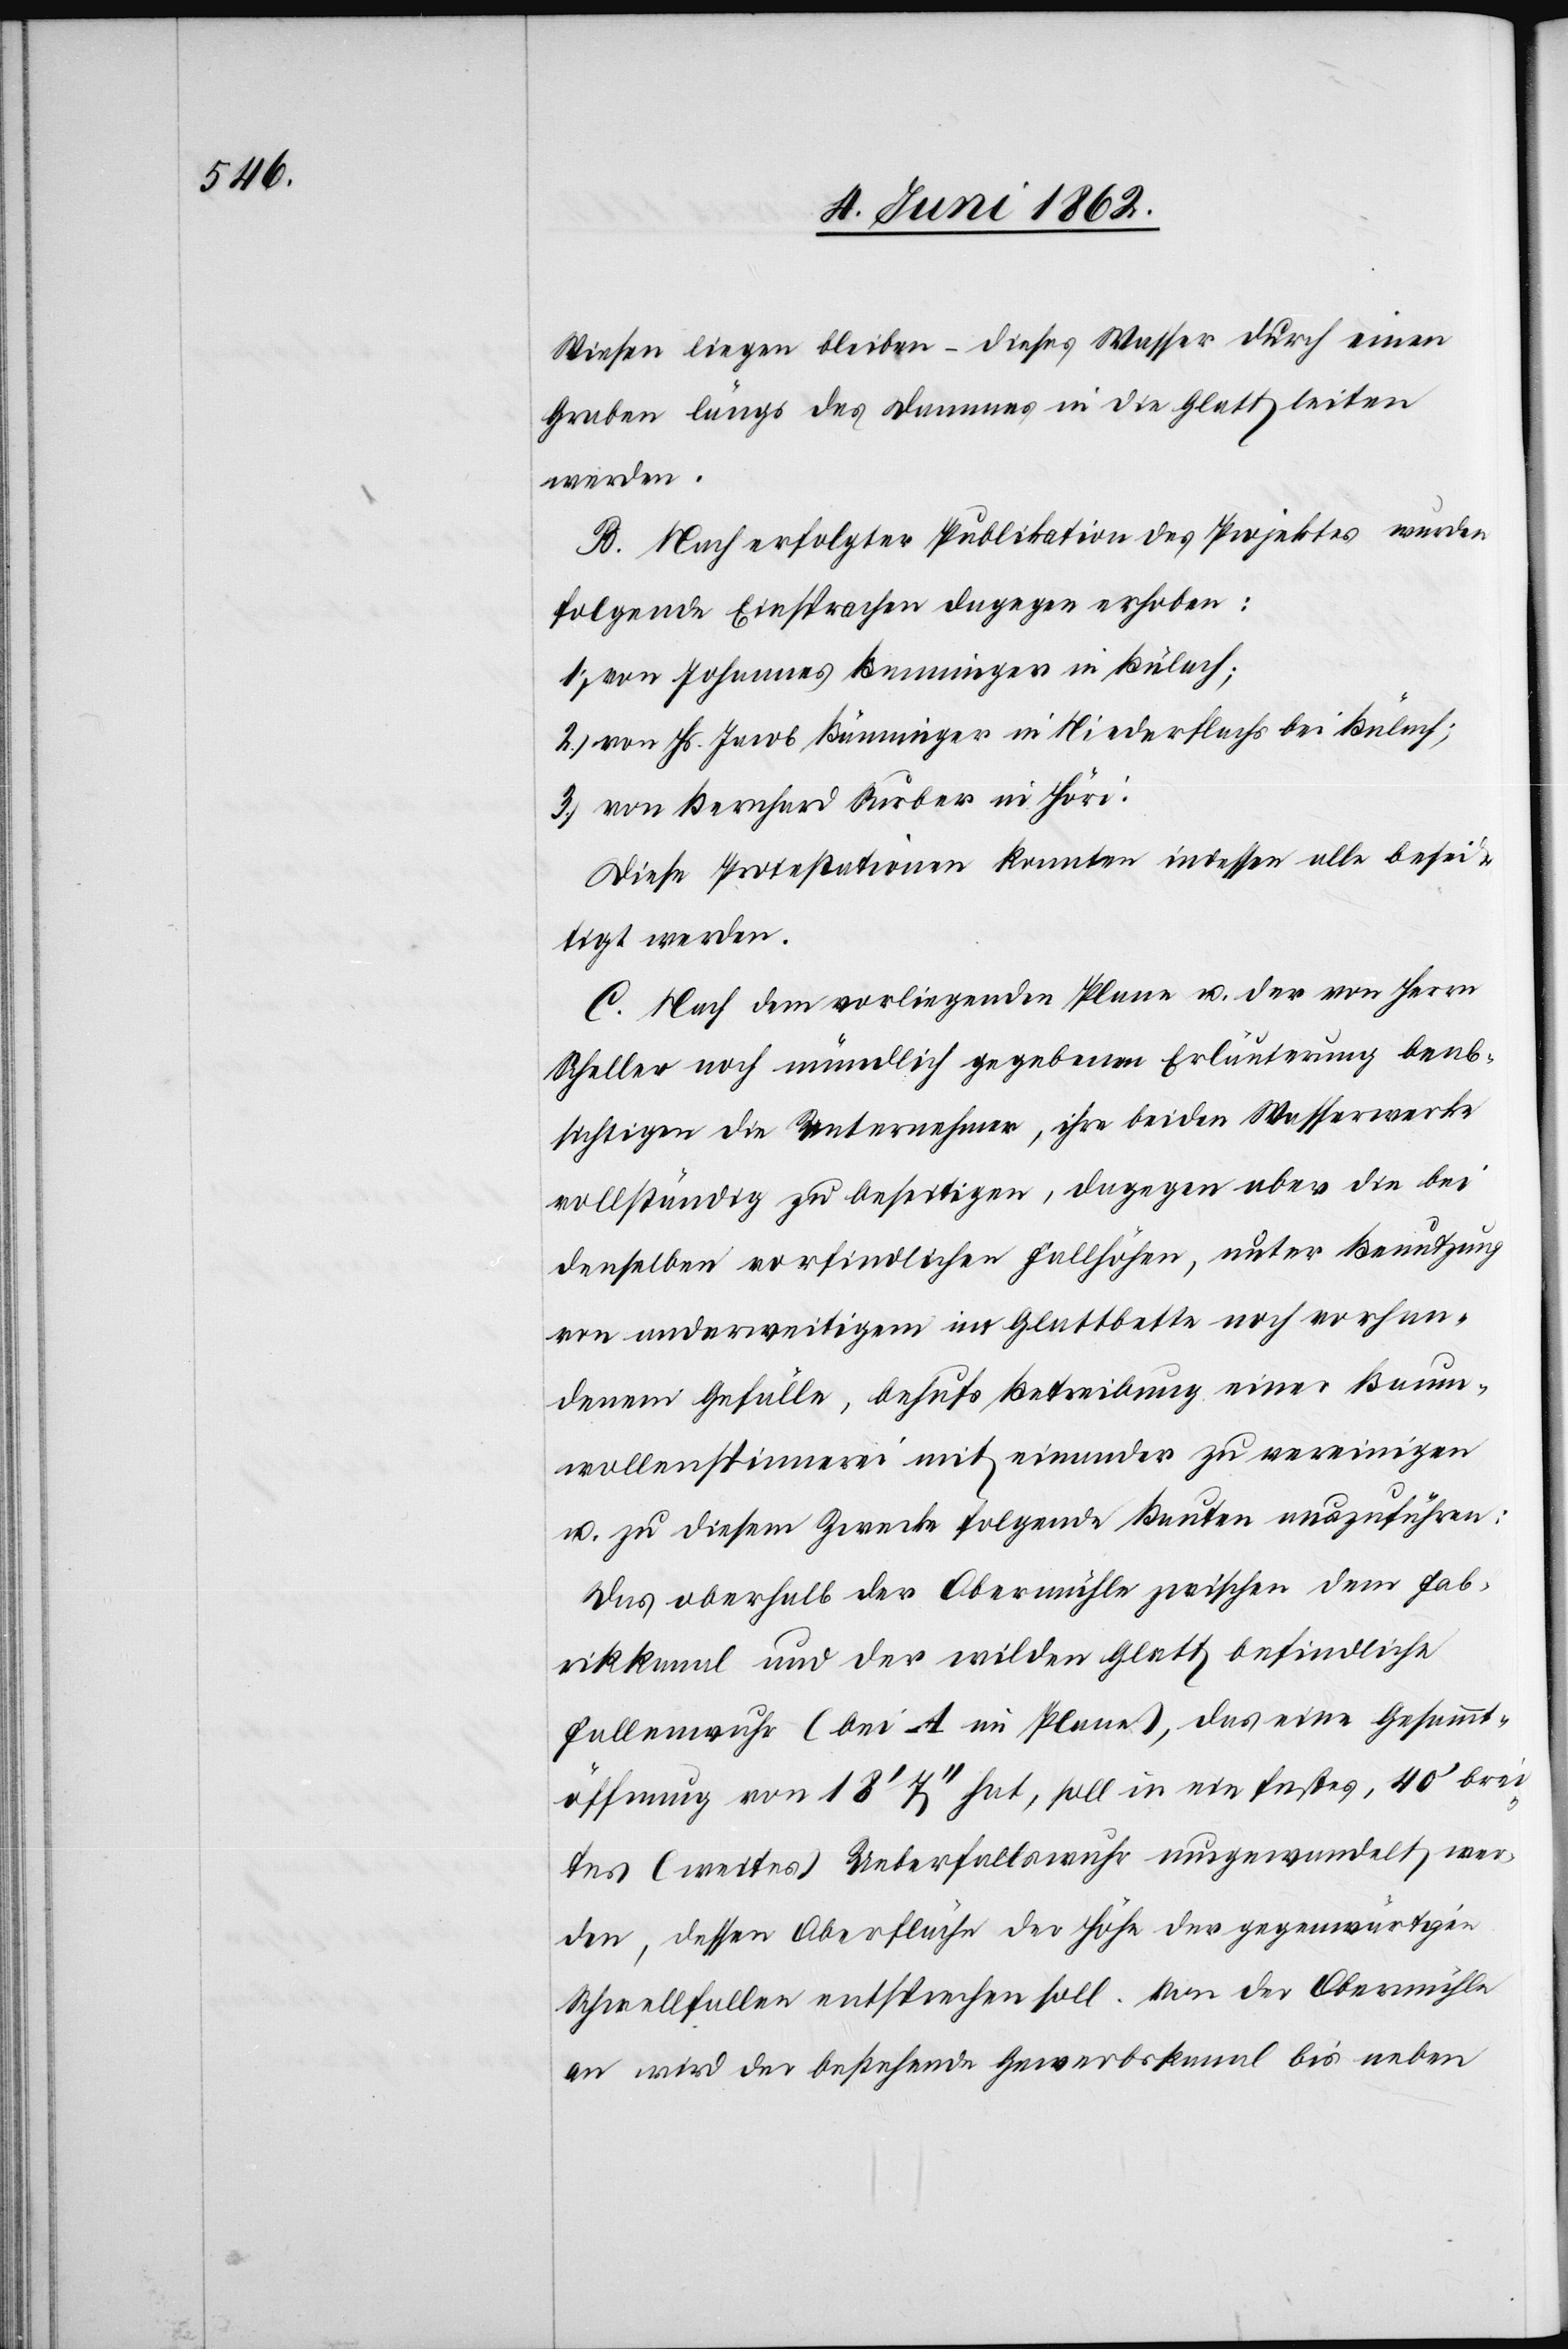
Wiesen liegen bleiben – dieses Wasser durch einen
Graben längs des Dammes in die Glatt leiten
werden.
B. Nach erfolgter Publikation des Projektes wurden
folgende Einsprachen dagegen erhoben:
1) von Johannes Benninger in Bülach;
2) von Hs. Jacob Bänninger in Niederflachs bei Bülach;
3) von Bernhard Surber in Höri;
Diese Protestationen konnten indessen alle besei¬
tigt werden.
C. Nach dem vorliegenden Plane u. der von Herrn
Scheller noch mündlich gegebenen Erläuterung beab¬
sichtigen die Unternehmer, ihre beiden Wasserwerke
vollständig zu beseitigen, dagegen aber die bei
denselben vorfindlichen Fallhöhen, unter Benutzung
von anderweitigem im Glattbette noch vorhan¬
denen Gefälle, behufs Betreibung einer Baum¬
wollenspinnerei mit einander zu vereinigen
u. zu diesem Zwecke folgende Bauten auszuführen:
Das oberhalb der Obermühle zwischen dem Fab¬
rikkanal und der wilden Glatt befindliche
Fallenwuhr (bei A im Plane), das eine Gesammt¬
öffnung von 18’ 17’’ hat, soll in ein festes, 40’ brei¬
tes (weites) Ueberfallswuhr umgewandelt wer¬
den, dessen Oberfläche der Höhe der gegenwärtigen
Schwellfallen entsprechen soll. Von der Obermühle
an wird der bestehende Gewerbskanal bis neben